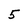
Character: 5